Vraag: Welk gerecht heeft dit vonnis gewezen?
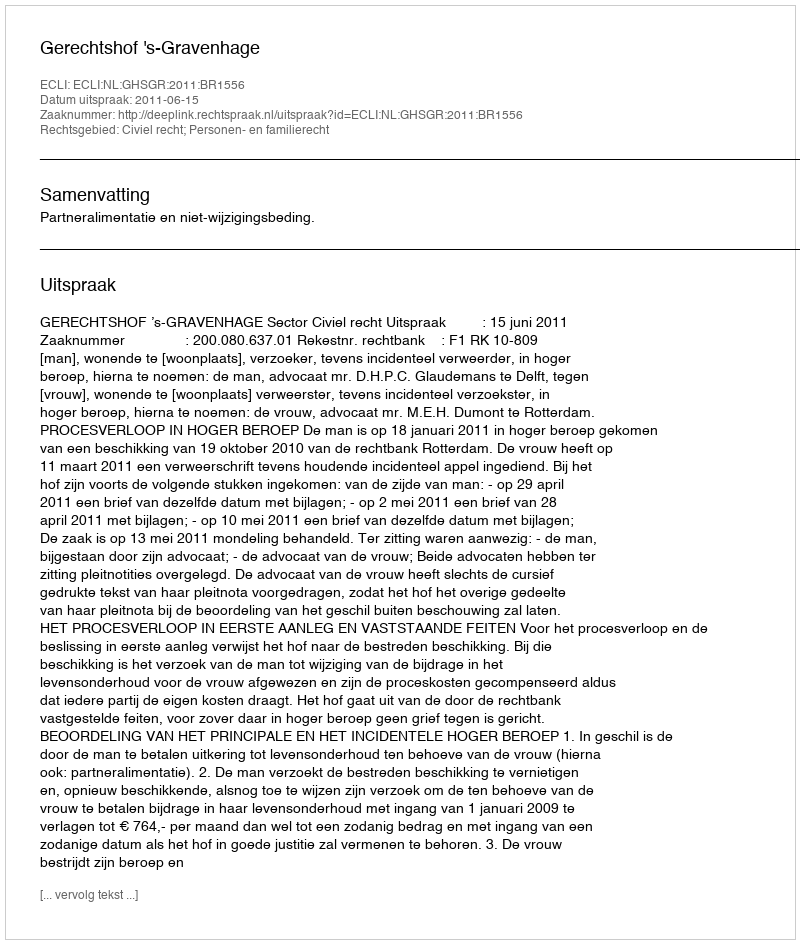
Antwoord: Gerechtshof 's-Gravenhage